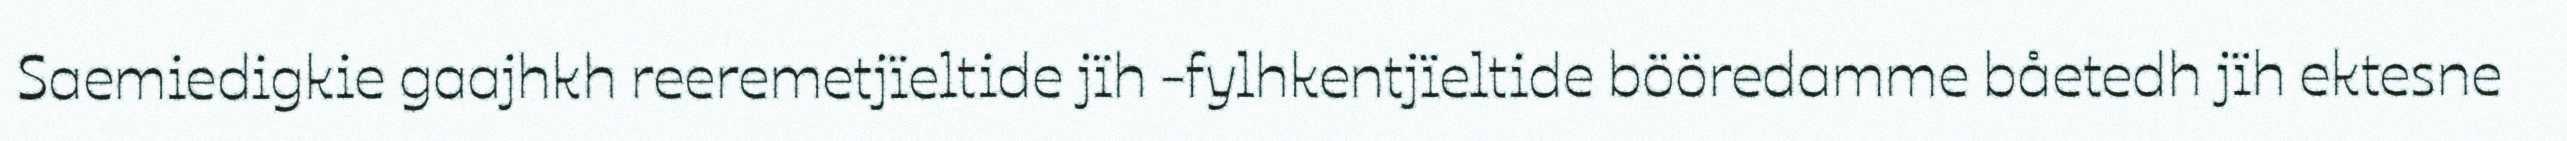
Saemiedigkie gaajhkh reeremetjïeltide jïh -fylhkentjïeltide bööredamme båetedh jïh ektesne